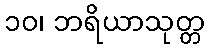
၁၀၊ ဘရိယာသုတ္တ